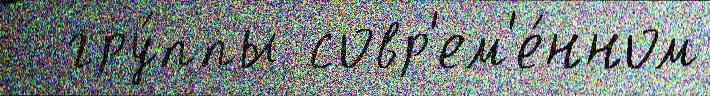
  гру́ппы совр'ем'е́нном